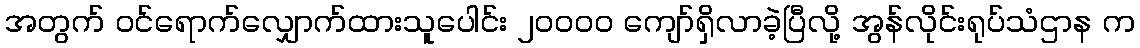
အတွက် ဝင်ရောက်လျှောက်ထားသူပေါင်း ၂၀၀၀၀ ကျော်ရှိလာခဲ့ပြီလို့ အွန်လိုင်းရုပ်သံဌာန က